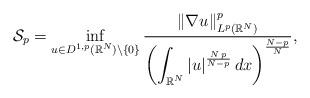
LaTeX: \begin{align*}\mathcal{S}_{p}=\inf_{u\in D^{1,p}(\mathbb{R}^N)\setminus\{0\}} \frac{\|\nabla u\|^p_{L^p(\mathbb{R}^N)}}{\displaystyle\left(\int_{\mathbb{R}^N} |u|^\frac{N\,p}{N-p}\, dx\right)^\frac{N-p}{N}},\end{align*}